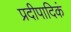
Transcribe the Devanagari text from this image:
प्रदीपादिकं